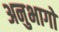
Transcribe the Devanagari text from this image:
अनुभागो